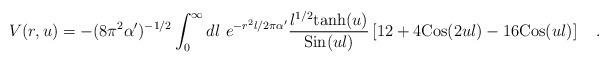
LaTeX: \begin{align*}V(r,u) = - (8 \pi^2 \alpha^{\prime} )^{-1/2} \int_0^{\infty} dl ~ e^{-r^2 l/2\pi\alpha^{\prime}} {{l^{1/2} {\rm tanh} (u) }\over{ {\rm Sin} (ul)}} \left [ 12 + 4 {\rm Cos} (2ul) - 16 {\rm Cos}(ul) \right ]\quad .\end{align*}